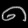
Digit: ၈